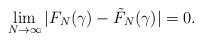
LaTeX: \begin{align*} \lim_{N \to \infty} |F_N(\gamma) - \tilde{F}_N(\gamma) | = 0 .\end{align*}